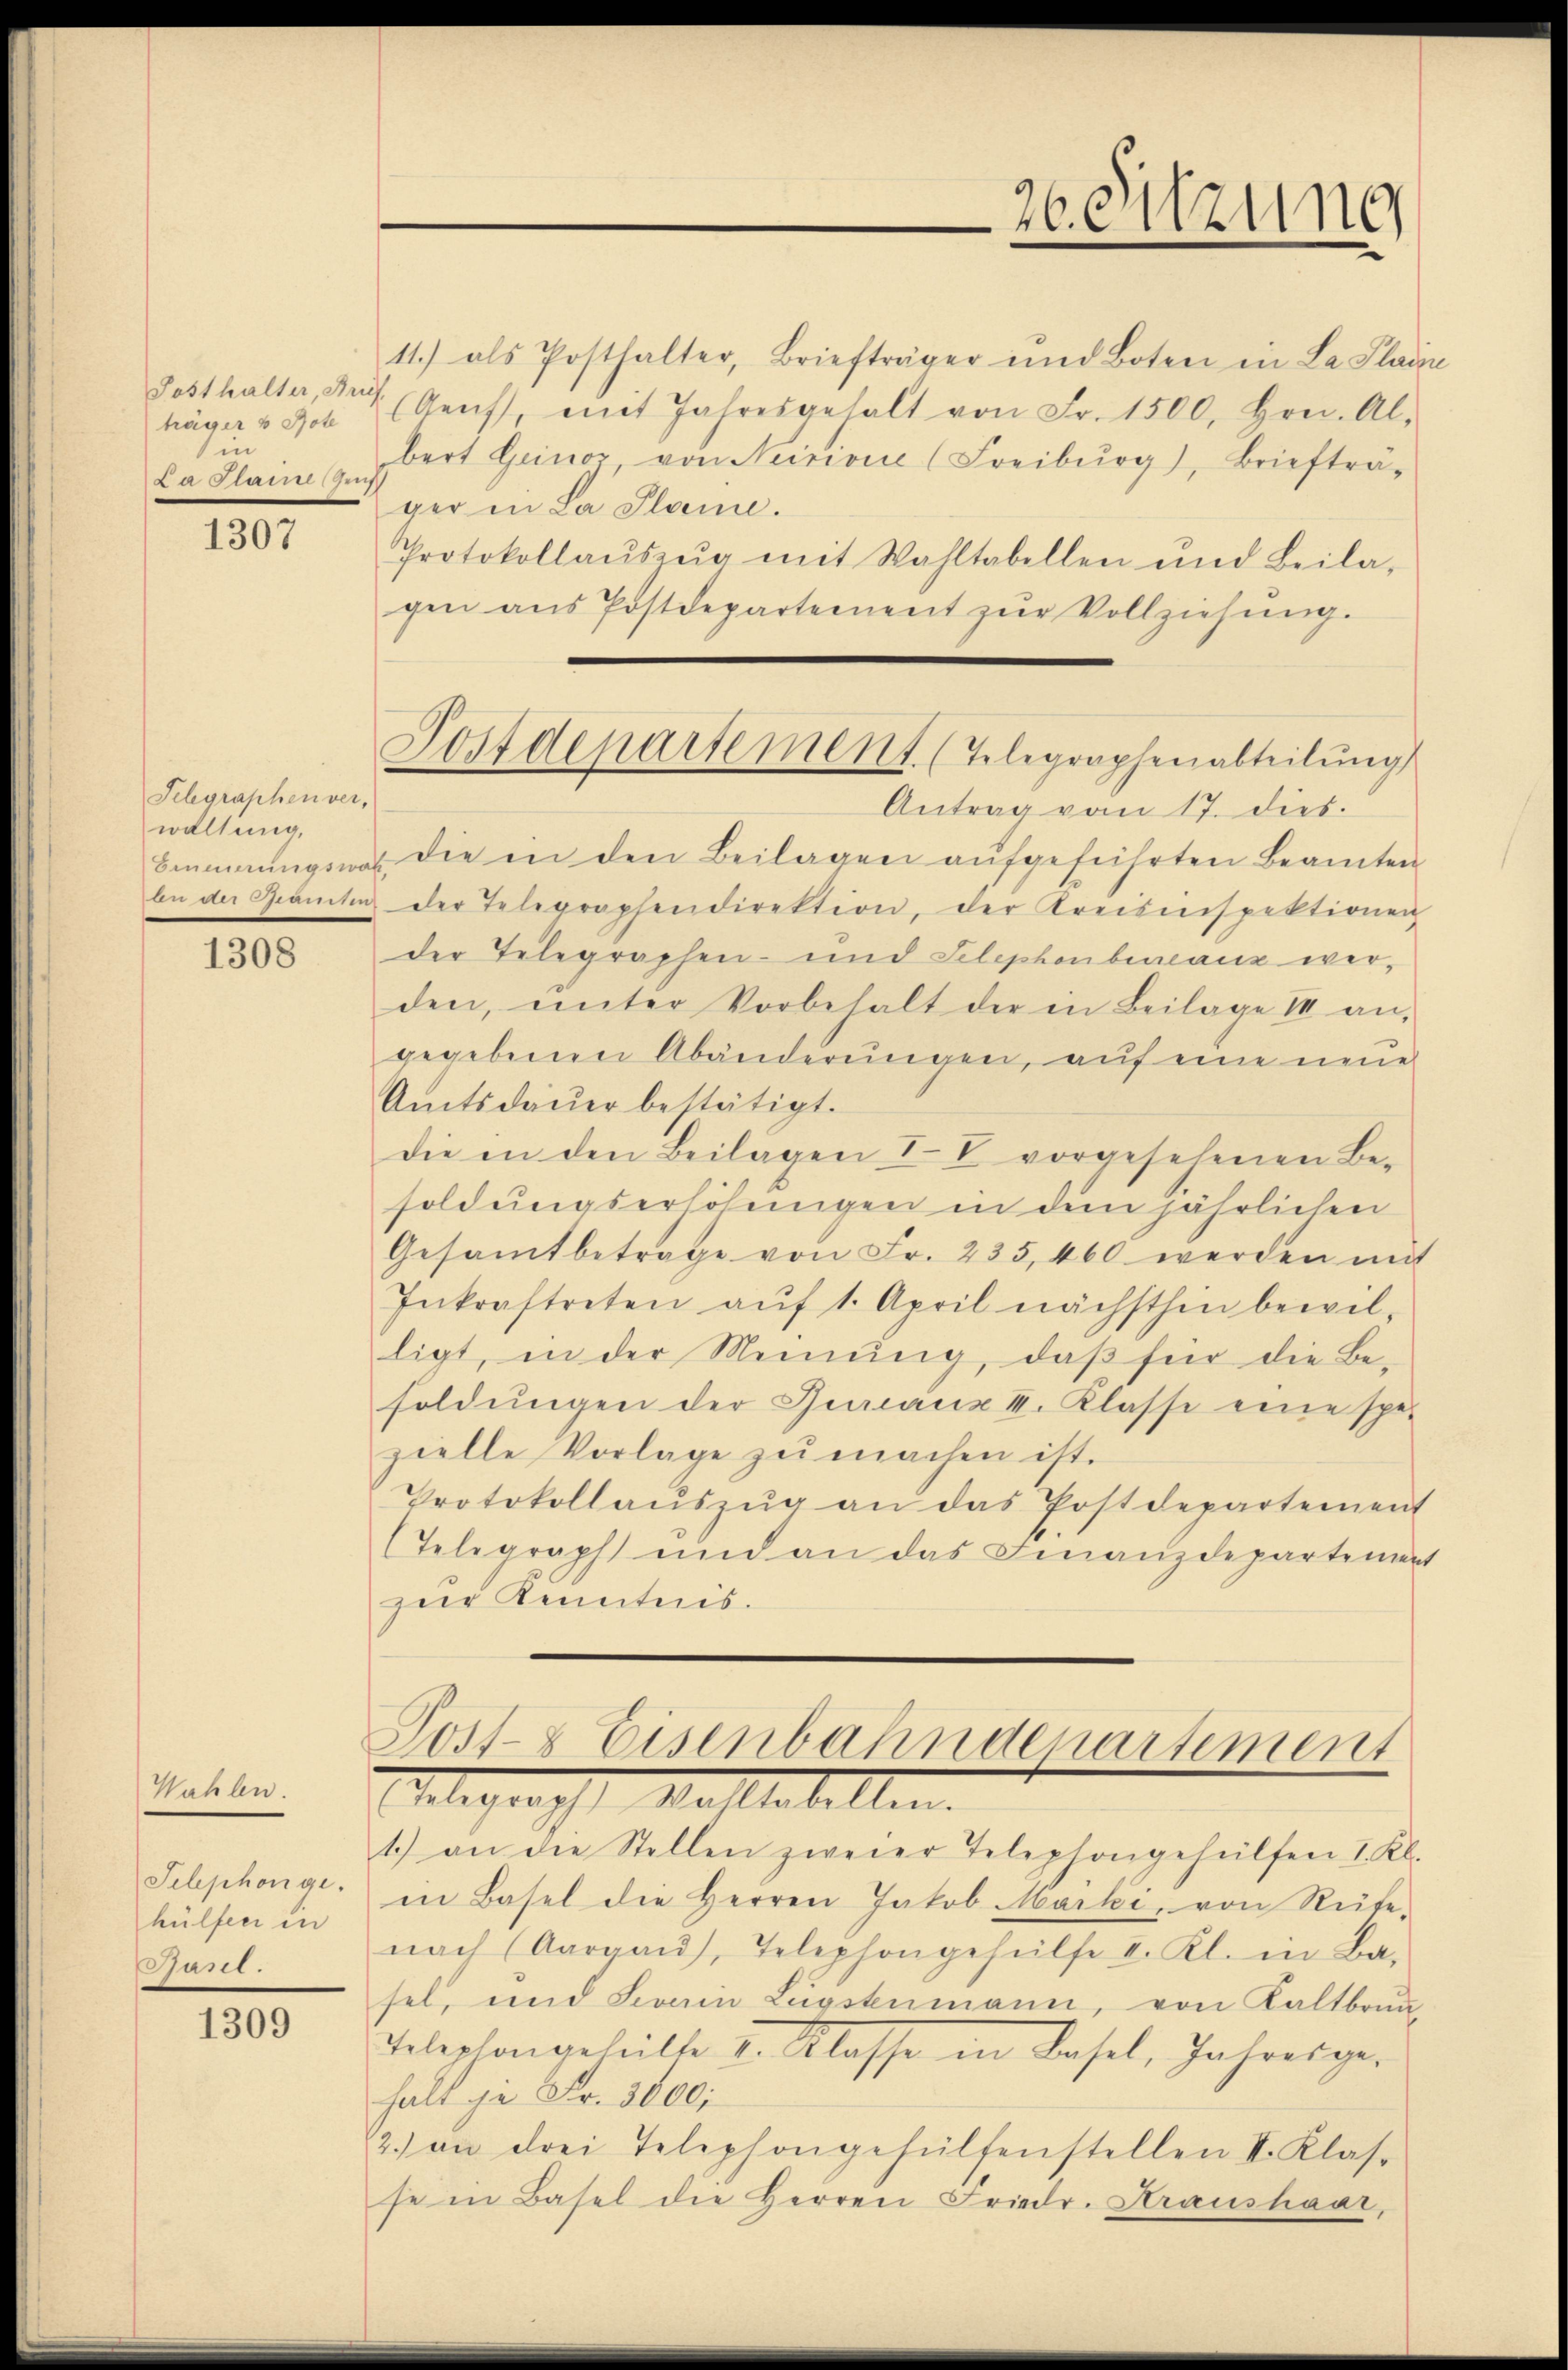
Posthalter, Brief
träger v Rote
in
Da Dann heut

1307

Telegraphenver,
waltung,
8500.

1308

Wahlen.
Telephonge.
hülfen in
Basl.

1309

Postdepartement. (Telegraphenabteilung

11.) als Posthalter, Briefträger und Boten in La Plain
(Aeŭf, mit Jahresgehalt von Fr. 1500, Hrn. Al.
bert Geinor von Neisione (Freiburg), Briefträ-
ger in La Plane.
Protokollaŭszŭg mit Wahltabellen und Beila-
gen aus Postdepartement zŭr Vollziehung.
Antrag vom 17. dies.
Bimmungswar die in den Beilagen aufgeführten Beamten
der Telegraphendirektion, der Kreisinspektionen
der Telegraphen- und Telephonberaus werden, ŭnter Vorbehalt der in Beilage II an-
gegebenen Abänderungen, auf eine neue
Amtsdaŭer bestätigt.
die in den Beilagen IV vorgesehenen Be-
soldungserhöhungen in dem jährlichen
Gesamtbetrage von Fr. 235, 460 werden mit
Inkraftreten aŭf 1. April nächsthin bewil-
ligt, in der Meinung, daß für die Be-
soldŭngen der Jureaux u. Klasse eine spe-
zielle Vorlage zŭ machen ist.
Protokollaŭszŭg an das Postdepartement
(Telegraph und an das Finanzdepartement
zur Kenntnis.

26. Sitzung

1.) an die Stellen zweier Telephongehülfen I. Kl.
in Basel die Herren Jakob Maiki, von Rüte-
nach (Aargaŭ), Telephongeheilte II. Kl. in Ba-
sel, und Levain Lügstenmann, von Kaltbrun¬
Telephongetheilte 2. Klasse in Basel, Jahresgehalt je Fr. 3000;
2.) an drei Telephongehülfenstellen II. Klas-
se in Basel die Herren Friedr. Kraushaar,

Post- & Eisenbahnderartement
Telegraph Kallabellen.